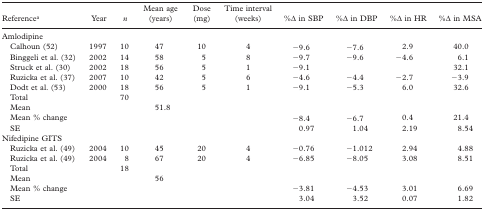
<table><thead><tr><td><b>Referencea</b></td><td><b>Year</b></td><td><b><i>n</i></b></td><td><b>Mean age (years)</b></td><td><b>Dose (mg)</b></td><td><b>Time interval (weeks)</b></td><td><b>%Δ in SBP</b></td><td><b>%Δ in DBP</b></td><td><b>%Δ in HR</b></td><td><b>%Δ in MSA</b></td></tr></thead><tbody><tr><td colspan="10">Amlodipine</td></tr><tr><td> Calhoun (52)</td><td>1997</td><td>10</td><td>47</td><td>10</td><td>4</td><td>–9.6</td><td>–7.6</td><td>2.9</td><td>40.0</td></tr><tr><td> Binggeli et al. (32)</td><td>2002</td><td>14</td><td>58</td><td>5</td><td>8</td><td>–9.7</td><td>–9.6</td><td>–4.6</td><td>6.1</td></tr><tr><td> Struck et al. (30)</td><td>2002</td><td>18</td><td>56</td><td>5</td><td>1</td><td>–9.1</td><td></td><td></td><td>32.1</td></tr><tr><td> Ruzicka et al. (37)</td><td>2007</td><td>10</td><td>42</td><td>5</td><td>6</td><td>–4.6</td><td>–4.4</td><td>–2.7</td><td>–3.9</td></tr><tr><td> Dodt et al. (53)</td><td>2000</td><td>18</td><td>56</td><td>5</td><td>1</td><td>–9.1</td><td>–5.3</td><td>6.0</td><td>32.6</td></tr><tr><td> Total</td><td></td><td>70</td><td></td><td></td><td></td><td></td><td></td><td></td><td></td></tr><tr><td> Mean</td><td></td><td></td><td>51.8</td><td></td><td></td><td></td><td></td><td></td><td></td></tr><tr><td> Mean % change</td><td></td><td></td><td></td><td></td><td></td><td>–8.4</td><td>–6.7</td><td>0.4</td><td>21.4</td></tr><tr><td> SE</td><td></td><td></td><td></td><td></td><td></td><td>0.97</td><td>1.04</td><td>2.19</td><td>8.54</td></tr><tr><td colspan="10">Nifedipine GITS</td></tr><tr><td> Ruzicka et al. (49)</td><td>2004</td><td>10</td><td>45</td><td>20</td><td>4</td><td>–0.76</td><td>–1.012</td><td>2.94</td><td>4.88</td></tr><tr><td> Ruzicka et al. (49)</td><td>2004</td><td>8</td><td>67</td><td>20</td><td>4</td><td>–6.85</td><td>–8.05</td><td>3.08</td><td>8.51</td></tr><tr><td> Total</td><td></td><td>18</td><td></td><td></td><td></td><td></td><td></td><td></td><td></td></tr><tr><td> Mean</td><td></td><td></td><td>56</td><td></td><td></td><td></td><td></td><td></td><td></td></tr><tr><td> Mean % change</td><td></td><td></td><td></td><td></td><td></td><td>–3.81</td><td>–4.53</td><td>3.01</td><td>6.69</td></tr><tr><td> SE</td><td></td><td></td><td></td><td></td><td></td><td>3.04</td><td>3.52</td><td>0.07</td><td>1.82</td></tr></tbody></table>